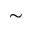
\sim